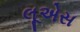
લૂએસ